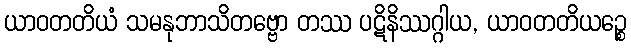
ယာဝတတိယံ သမနုဘာသိတဗ္ဗော တဿ ပဋိနိဿဂ္ဂါယ, ယာဝတတိယဉ္စေ